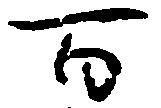
百